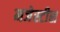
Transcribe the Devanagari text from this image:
मजेस्टीस